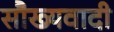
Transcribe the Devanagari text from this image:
सौख्यवादी